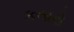
કતારો